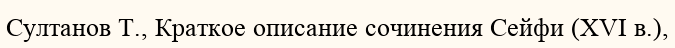
Султанов Т., Краткое описание сочинения Сейфи (XVІ в.),